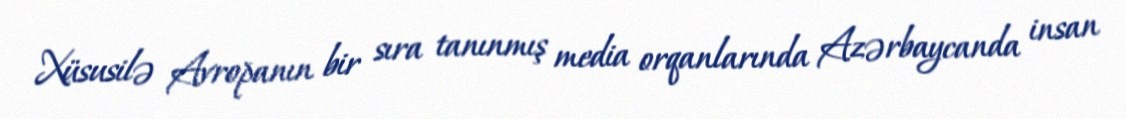
Xüsusilə Avropanın bir sıra tanınmış media orqanlarında Azərbaycanda insan